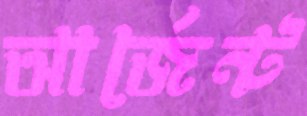
আর্জেন্ট